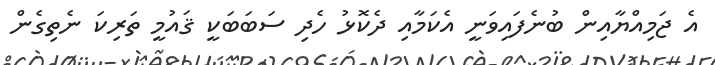
އެ ޖަމިއްޔާއިން ބުނެފައިވަނީ އެކަމާއި ދެކޮޅު ހެދި ސަބަބަކީ ޤައުމީ ތަރިކަ ނެތިގެން